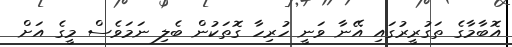
އޮބާމާގެ ތަގުރީރުގައި އޭނާ ވަނީ ހުރިހާ ގޮތަކުން ބެލި ނަމަވެސް މީގެ އަށް